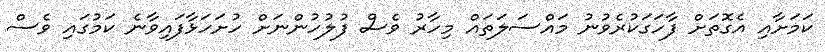
ކަމަށާއި އެގޮތަށް ފާހަގަކުރެވުނު މައްސަލަތައް މިހާރު ވެސް ފުލުހުންނަށް ހުށަހަޅާފައިވާނެ ކަމުގައި ވެސް